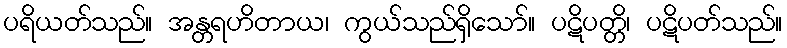
ပရိယတ်သည်။ အန္တရဟိတာယ၊ ကွယ်သည်ရှိသော်။ ပဋိပတ္တိ၊ ပဋိပတ်သည်။